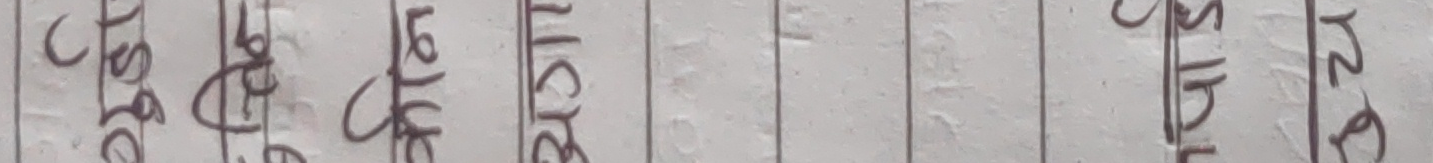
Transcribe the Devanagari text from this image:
जेठो कान्छो सानो ठूलो साहेब मान्छे